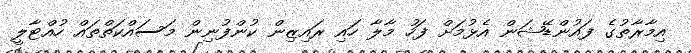
އިމާރާތުގެ ފައުންޑޭޝަން އެޅުމަށް ފަހު މާލާ ހައި ރައިޒިން ކުންފުނިން މަސައްކަތްތައް ހުއްޓާލީ